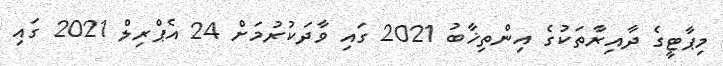
މިޕާޓީގެ ދާއިރާތަކުގެ އިންތިޚާބު 2021 ގައި ވާދަކުރުމަށް 24 އެޕްރިލް 2021 ގައި